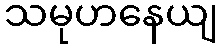
သမုဟနေယျ